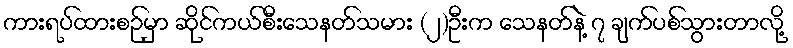
ကားရပ်ထားစဉ်မှာ ဆိုင်ကယ်စီးသေနတ်သမား (၂)ဦးက သေနတ်နဲ့ ၇ ချက်ပစ်သွားတာလို့